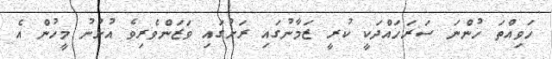
ހަވިއްތަ ހުންނަ ސަރަހައްދަކީ ކުރީ ޒަމާނުގައި ރަށުގައި ވަޒަންވެރިވެ އުޅުނު މީހުން އެ